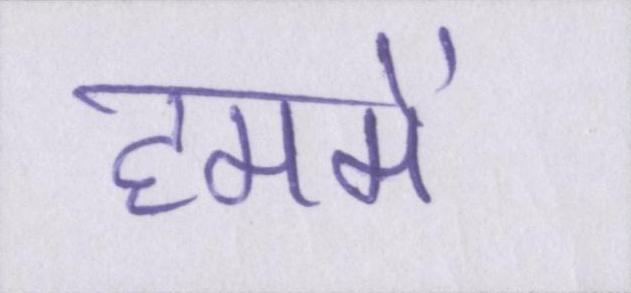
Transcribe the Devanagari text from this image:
हममें